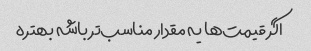
اگر قیمت‌ها یه مقدار مناسب‌تر باشه بهتره